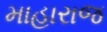
માહારાજ